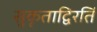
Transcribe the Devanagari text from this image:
सुकृताद्विरतिं